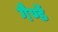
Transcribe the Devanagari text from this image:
गैण्डें